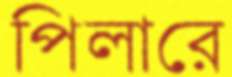
পিলারে